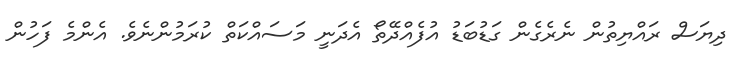
ދިޔަސް ރައްޔިތުން ނެރެގެން ގަޑުބަޑު އުފެއްދޭތޯ އެދަނީ މަސައްކަތް ކުރަމުންނެވެ. އެންމެ ފަހުން